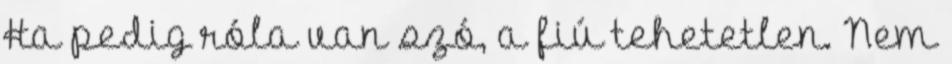
Ha pedig róla van szó, a fiú tehetetlen. Nem